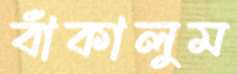
বাঁকালুম